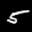
Label: 5